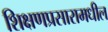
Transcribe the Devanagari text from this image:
शिक्षणप्रसारामधील